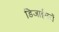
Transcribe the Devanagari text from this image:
डिजाईनरों